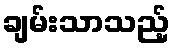
ချမ်းသာသည့်